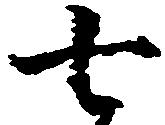
七